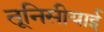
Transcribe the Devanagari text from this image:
तूनिसीयाई